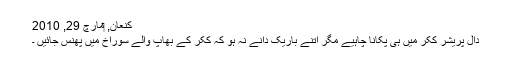
کنعان, ‏مارچ 29, 2010
دال پریشر ککر میں ہی پکانا چاہیے مگر اتنے باریک دانے نہ ہو کہ ککر کے بھاپ والے سوراخ میں پھنس جائیں ۔